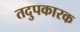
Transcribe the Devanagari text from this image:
तदुपकारक